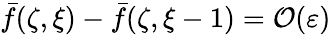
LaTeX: \bar{f}(\zeta,\xi)-\bar{f}(\zeta,\xi-1)=\mathcal O(\varepsilon)